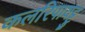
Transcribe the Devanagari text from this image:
कलरिपायट्टु